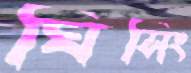
ঘিসিং